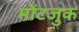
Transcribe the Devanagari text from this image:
मोंटजुक